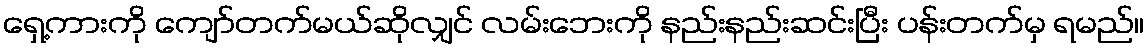
ရှေ့ကားကို ကျော်တက်မယ်ဆိုလျှင် လမ်းဘေးကို နည်းနည်းဆင်းပြီး ပန်းတက်မှ ရမည်။